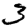
Digit: 3